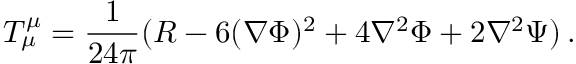
T _ { \mu } ^ { \mu } = \frac { 1 } { 2 4 \pi } ( R - 6 ( \nabla \Phi ) ^ { 2 } + 4 \nabla ^ { 2 } \Phi + 2 \nabla ^ { 2 } \Psi ) \, .